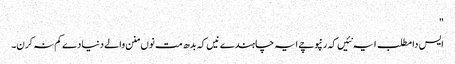
"
ایس دا مطلب ایہ نئیں کہ رنپوچے ایہ چاہندے نیں کہ بدھ مت نوں منن والے دنیا دے کم نہ کرن۔